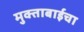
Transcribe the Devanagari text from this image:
मुक्ताबाईचा